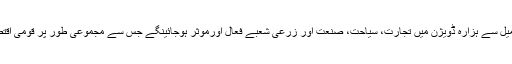
2015ء) ہزارہ موٹروے کی تکمیل سے ہزارہ ڈویژن میں تجارت، سیاحت، صنعت اور زرعی شعبے فعال اورموثر ہوجائینگے جس سے مجموعی طور پر قومی اقتصادی ترقی میں اضافہ ہوجائیگا ۔